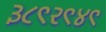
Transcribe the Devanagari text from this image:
३८९२९४९